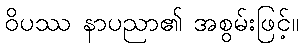
ဝိပဿ နာပညာ၏ အစွမ်းဖြင့်။